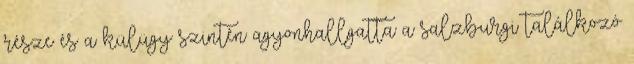
része és a külügy szintén agyonhallgatta a salzburgi találkozó